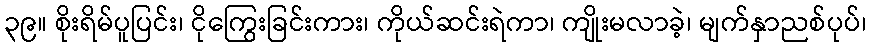
၃၉။ စိုးရိမ်ပူပြင်း၊ ငိုကြွေးခြင်းကား၊ ကိုယ်ဆင်းရဲကာ၊ ကျိုးမလာခဲ့၊ မျက်နှာညစ်ပုပ်၊